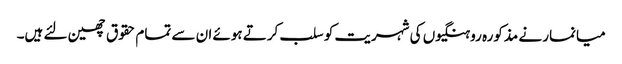
میانمار نے مذکورہ روہنگیوں کی شہریت کو سلب کرتے ہوئے ان سے تمام حقوق چھین لئے ہیں۔